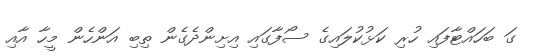
ގަ ބަހައްޓާފައި ހުރި ކަޅުކުލައިގެ ސޯފާގައި އިށިންދެގެން ތިބި އަންހެން މީހާ އާއި